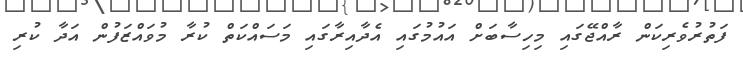
ފަތުރުވެރިކަން ރާއްޖޭގައި މިހިސާބަށް އައުމުގައި އެދާއިރާގައި މަސައްކަތް ކުރާ މުވައްޒަފުން އަދާ ކުރި